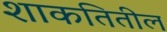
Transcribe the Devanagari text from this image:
शाकतितील